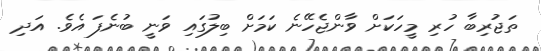
ތަޖުރިބާ ހުރި މީހަކަށް ވާންޖެހޭނެ ކަމަށް ބިލުގައި ވަނީ ބުނެފަ އެވެ. އަދި